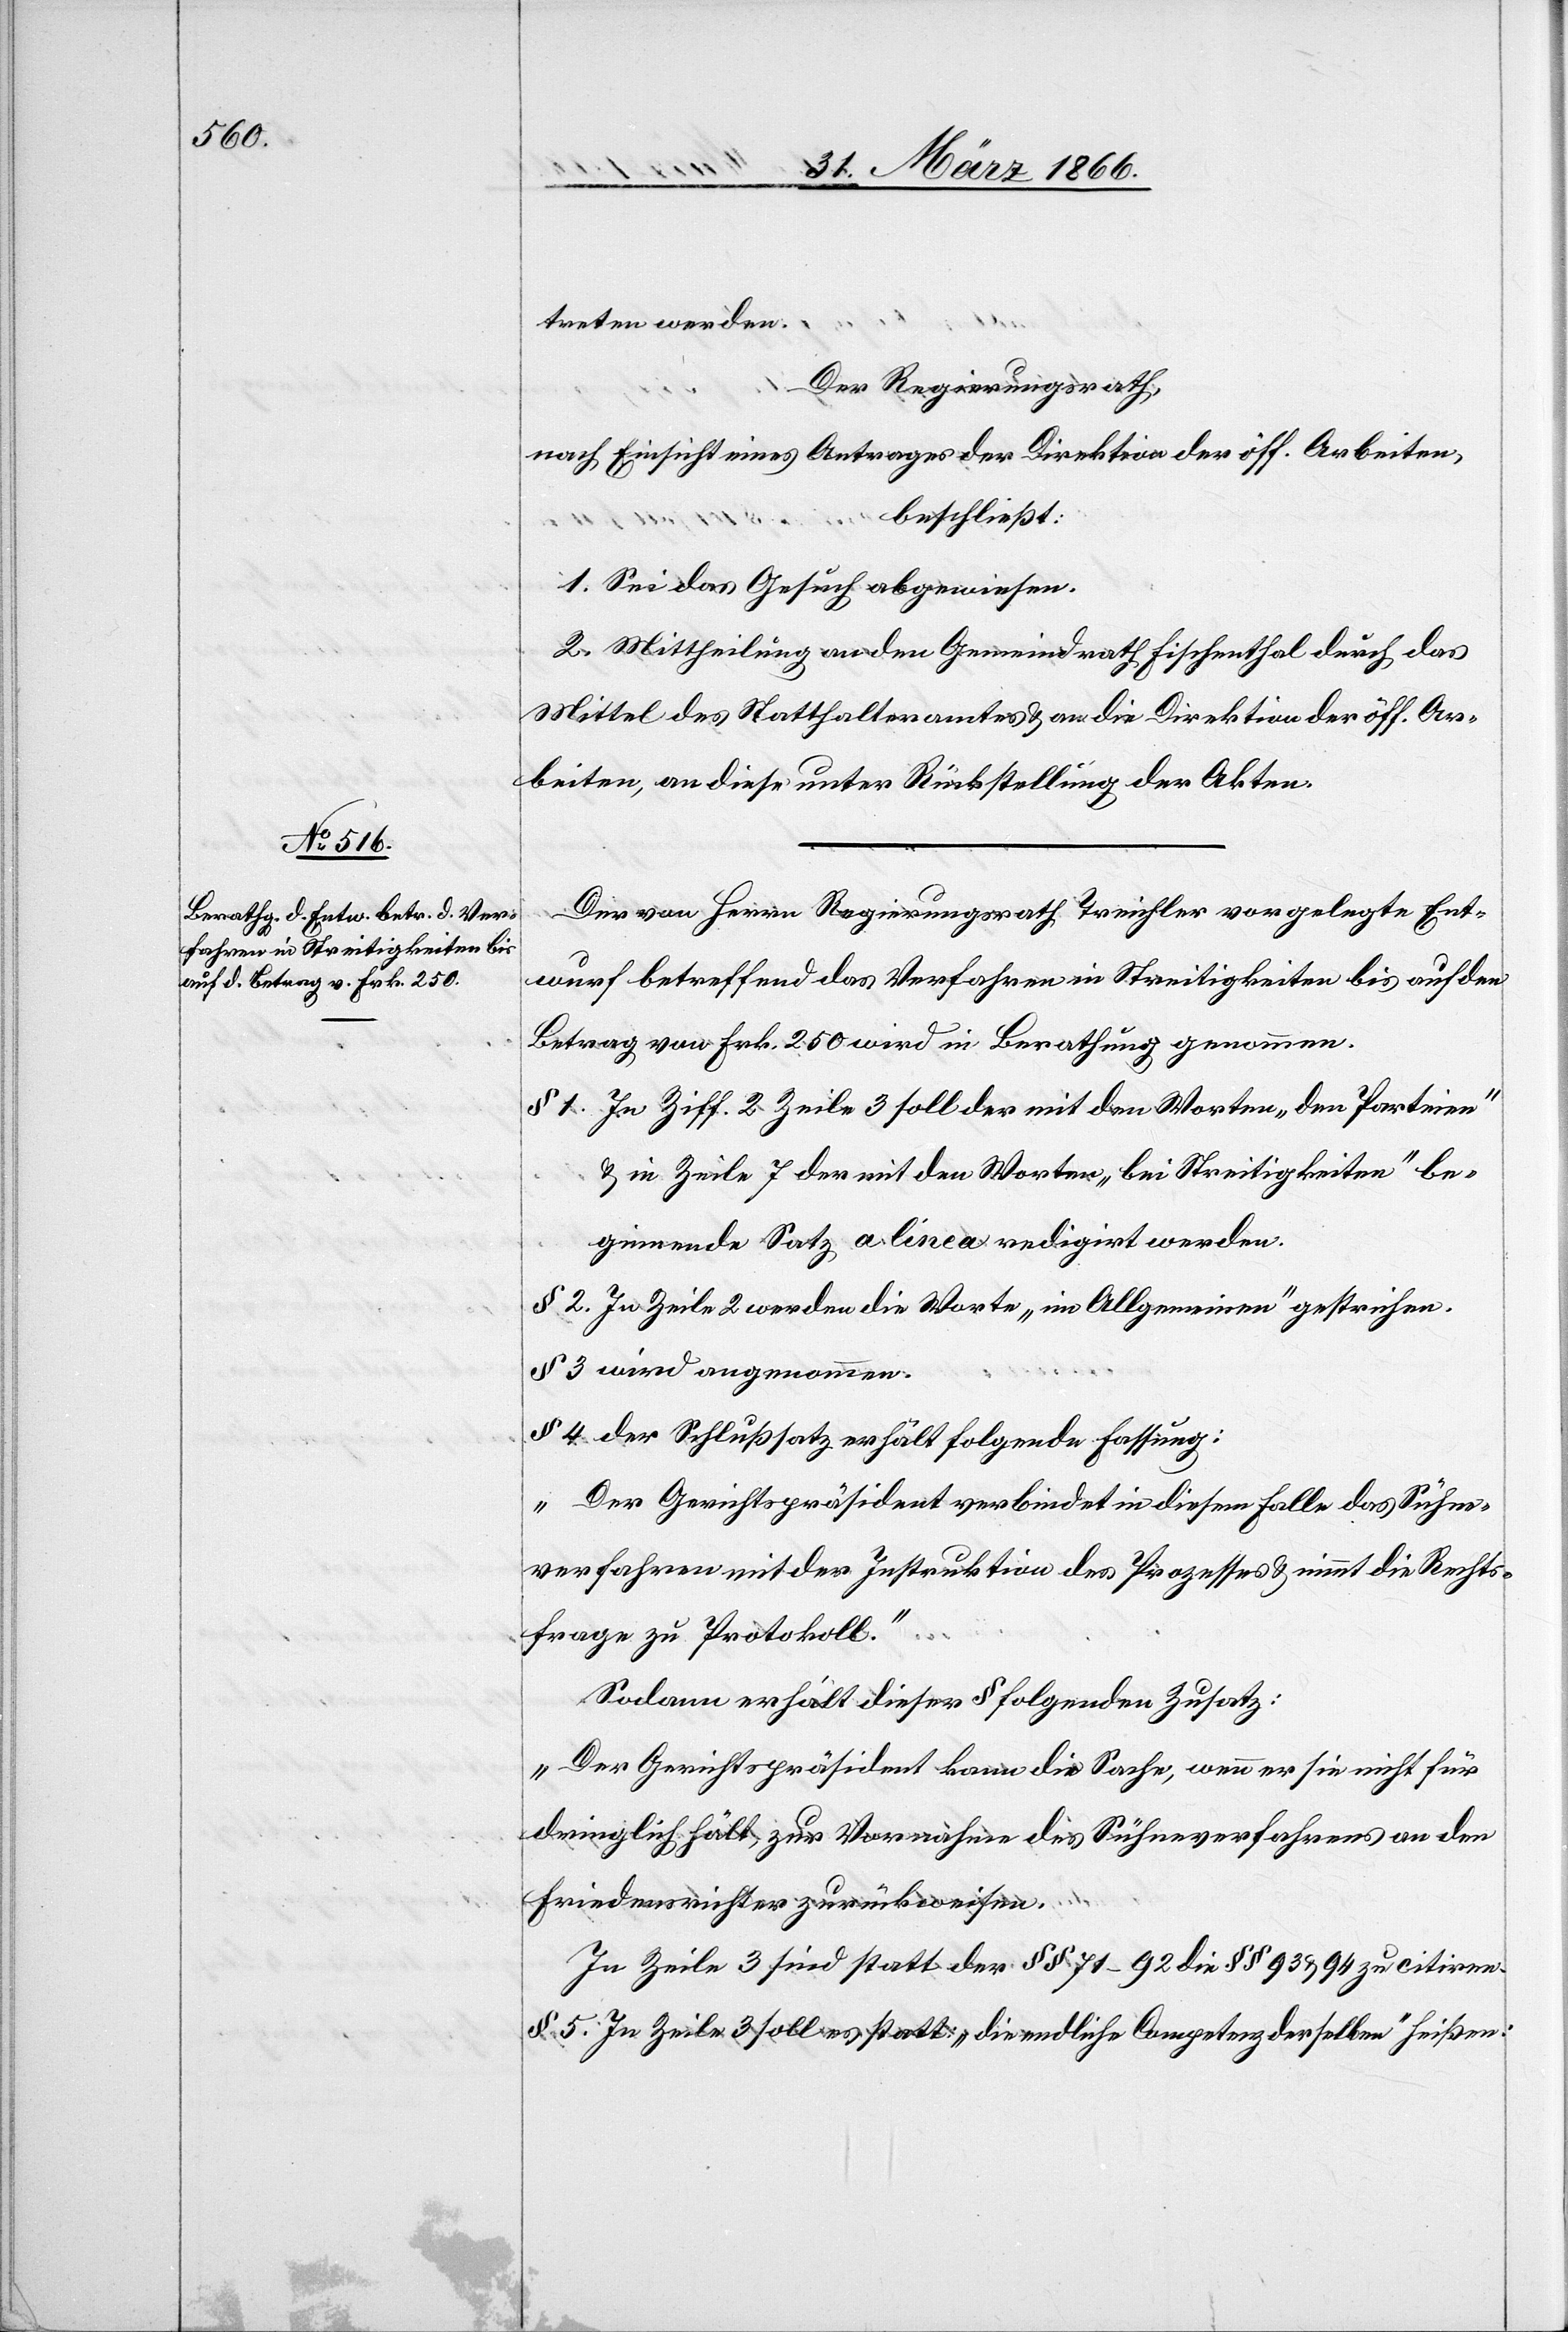
treten werden.
Der Regierungsrath,
nach Einsicht eines Antrages der Direktion der öff. Arbeiten,
beschließt:
1. Sei das Gesuch abzuweisen.
2. Mittheilung an den Gemeindrath Fischenthal durch das
Mittel des Statthalteramtes u. an die Direktion der öff. Ar¬
beiten, an diese unter Rückstellung der Akten.
Der von Herrn Regierungsrath Treichler vorgelegte Ent¬
wurf betreffend das Verfahren in Streitigkeiten bis auf den
Betrag von Frk. 250 wird in Berathung genommen.
§ 1. In Ziff. 2 Zeile 3 soll der mit den Worten „den Parteien“
u. in Zeile 7 der mit den Worten „bei Streitigkeiten“ be¬
ginnende Satz a linea redigirt werden.
§ 2. In Zeile 2 werden die Worte „im Allgemeinen“ gestrichen.
§ 3 wird angenommen.
§ 4 der Schlußsatz erhält folgende Fassung:
„Der Gerichtspräsident verbindet in diesem Falle das Sühne¬
verfahren mit der Instruktion des Prozesses u. nimmt die Rechts¬
frage zu Protokoll.“
Sodann erhält dieser § folgenden Zusatz:
„Der Gerichtspräsident kann die Sache, wenn er sie nicht für
dringlich hält, zur Vornahme des Sühneverfahrens an den
Friedensrichter zurückweisen.“
In Zeile 3 sind statt der § § 71–92 die § § 93 u. 94 zu citiren.
§ 5. In Zeile 3 soll es statt „die endliche Competenz derselben heißen: